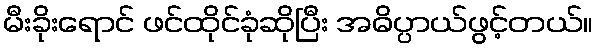
မီးခိုးရောင် ဖင်ထိုင်ခုံဆိုပြီး အဓိပ္ပာယ်ဖွင့်တယ်။